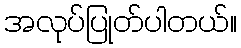
အလုုပ်ပြုတ်ပါတယ်။